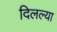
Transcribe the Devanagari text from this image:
दिलल्या